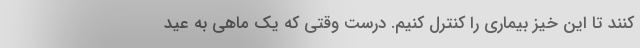
کنند تا این خیز بیماری را کنترل کنیم. درست وقتی که یک ماهی به عید